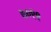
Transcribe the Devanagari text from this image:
७०९९